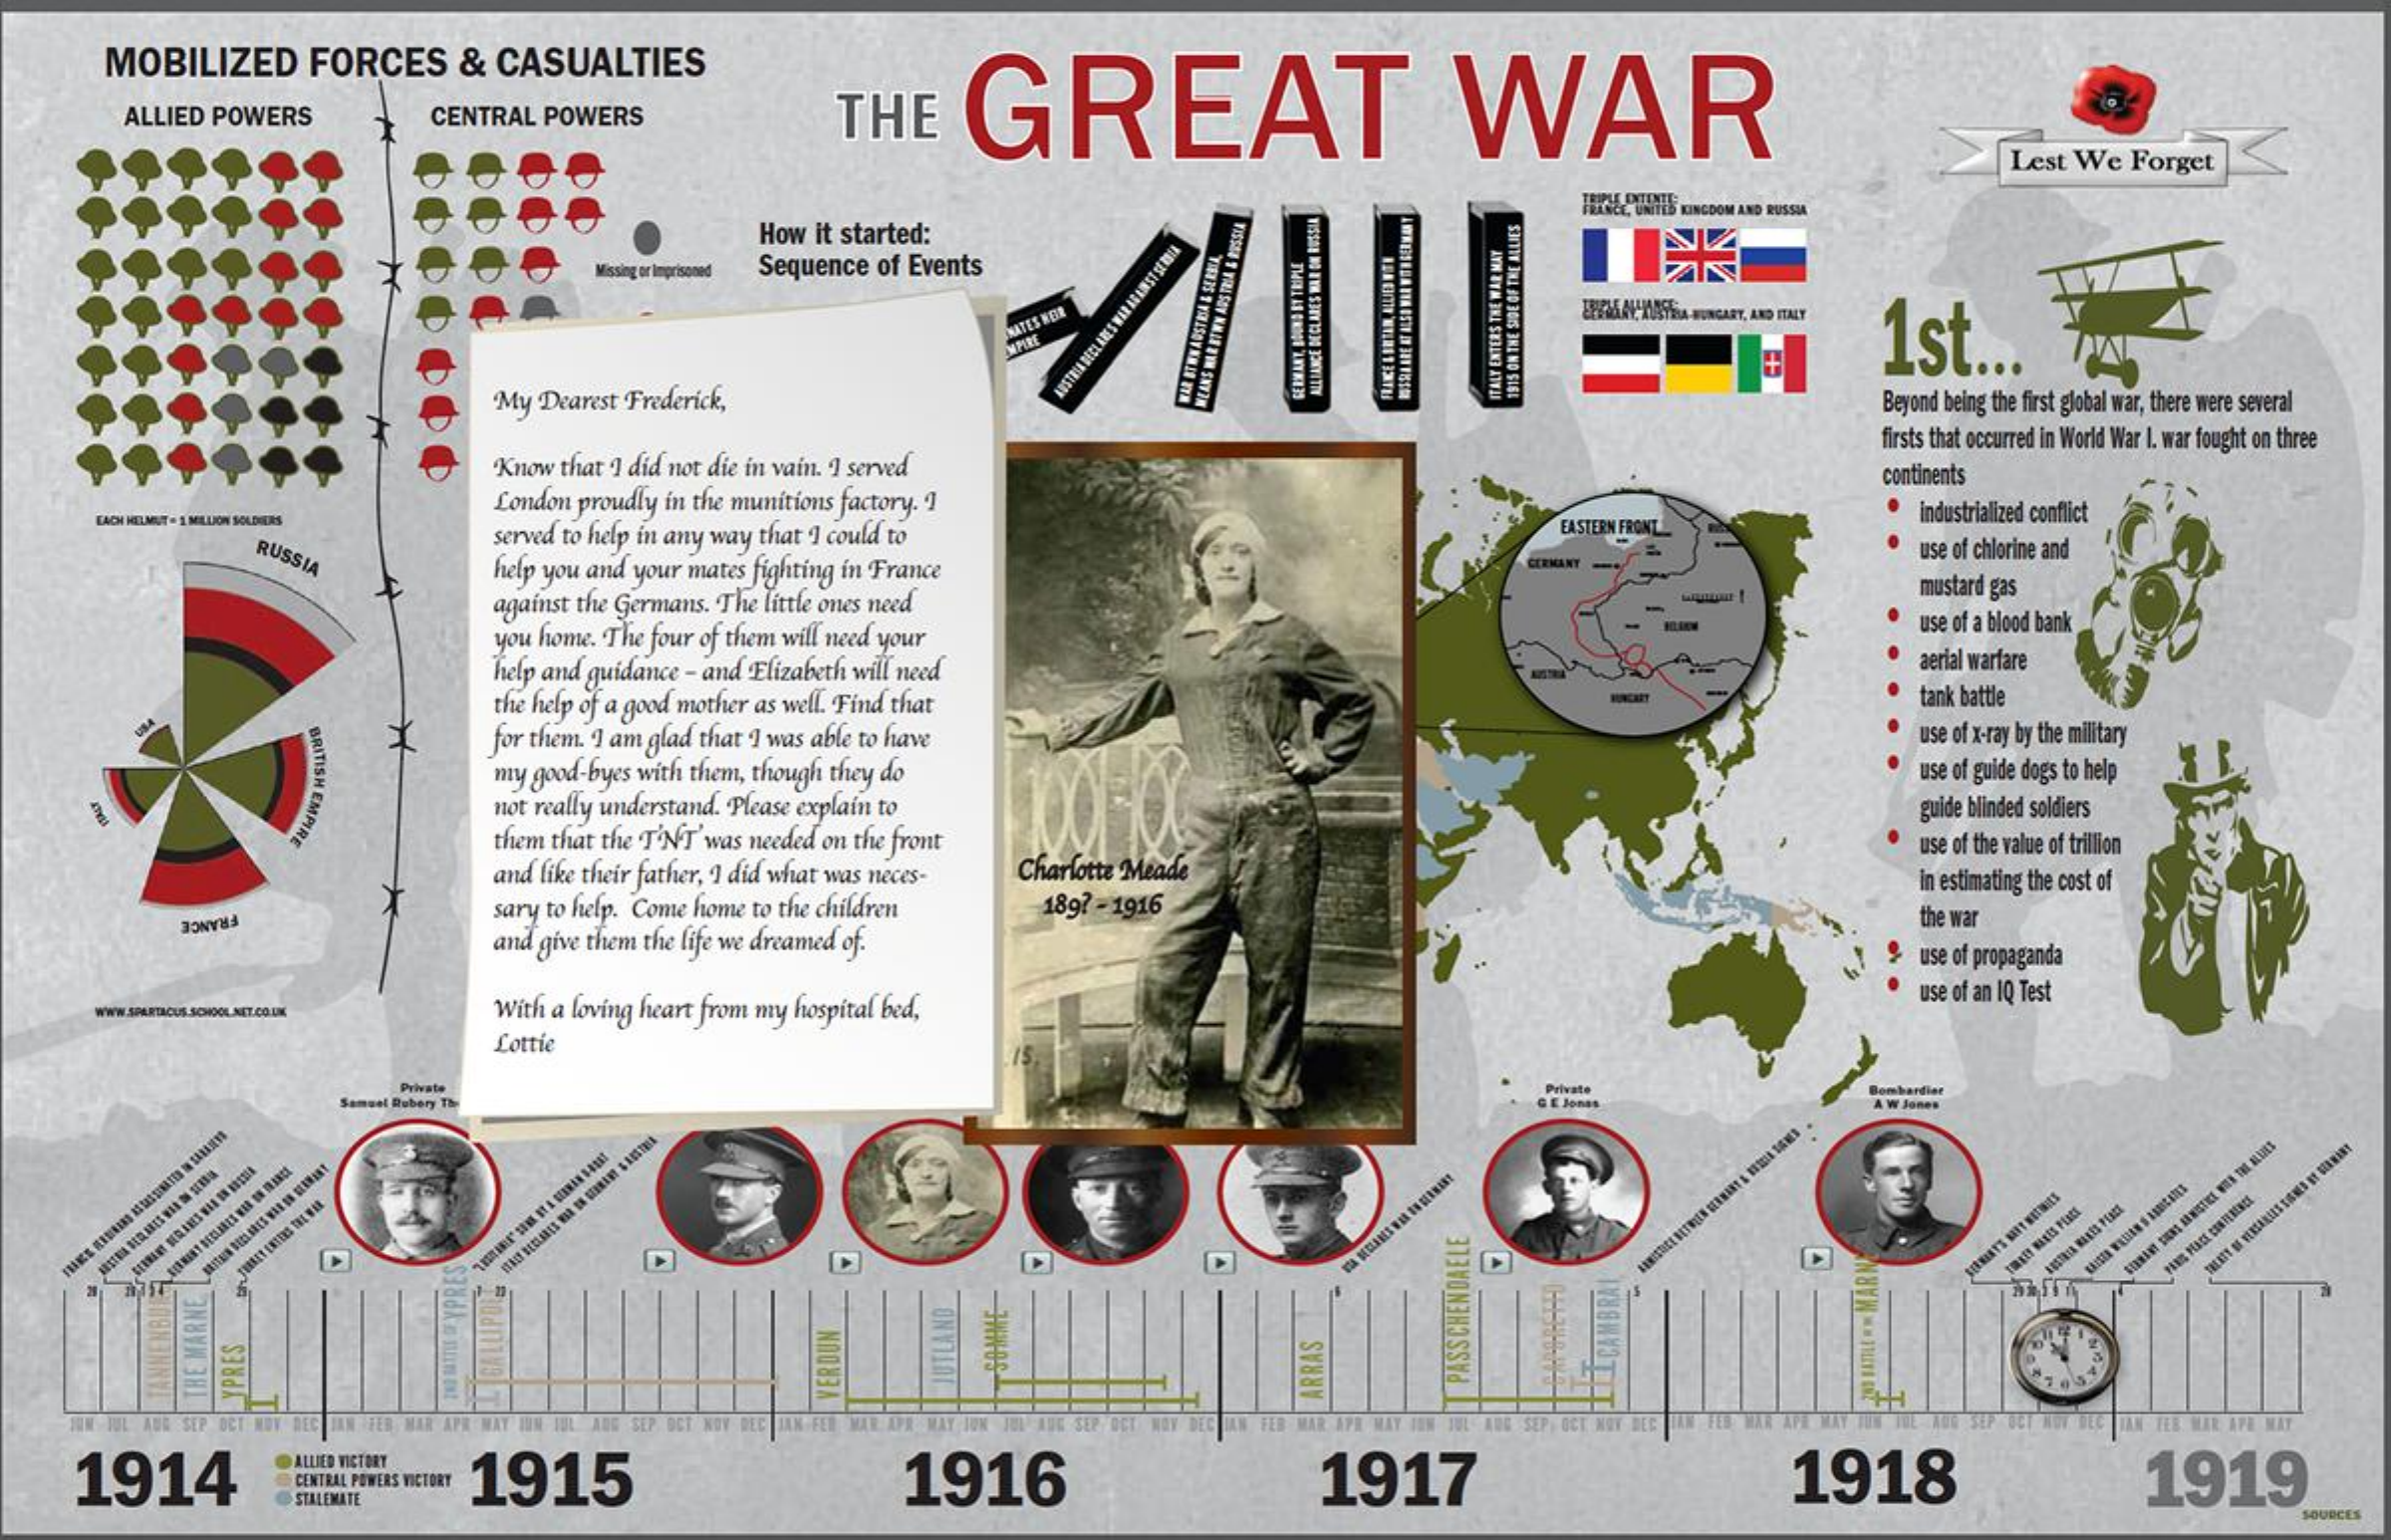
MOBILIZED FORCES & CASUALTIES
     THE GREAT    WAR ALLIED POWERS CENTRAL POWERS
     Lest We Forget
     How it started:
     FRAGELL, UNITED KINGDOM AND RUSSIA
     Missing or Impris Sequence of Events
     1st ... MATES NOR
     My Dearest Frederick,
     AUSTRIA
     DECLARES
     WAR
     AGAINST
     SE
     RSIA
     Beyond being the first global war, there were several
     GERMANY,
     BOUND
     BY
     TRIPLE
     ALLIANCE
     DECLARES
     WAR
     ON
     RUSSIA
     WAR
     BTWN
     AUSTRIA
     &
     SEESSA,
     ITALY
     ENTERS
     THE
     WAR
     MAY
     MEANS
     WAR
     BTWN
     ARS
     FRIA
     &
     RUSSIA
     1915
     ON
     THE
     SIDE
     OF
     THE
     ALLIES
     Know that I did not die in vain. I served
     firsts that occurred in World War I. war fought on three
     London proudly in the munitions factory. 1
     continents
   EACH HELMUT . 1 MILLION SOLDIERS
     served to help in any way that I could to EASTERN FRONT
     industrialized conflict
     RUSSIA help you and your mates fighting in France
     use of chlorine and
     GERMANY
     against the Germans. The little ones need
     mustard gas
     you home. The four of them will need your   use of a blood bank
     help and guidance - and Elizabeth will need aerial warfare
     the help of a good mother as well. Find that tank battle
     for them. I am glad that I was able to have use of x-ray by the military
     BRITISH
     EMPIRE
     my good-byes with them, though they do    use of guide dogs to help
     not really understand. Please explain to
     them that the T'N'T'was needed on the front
     guide blinded soldiers
     and like their father, I did what was neces- Charlotte Meade
     use of the value of trillion
     sary to help. Come home to the children 1897 - 1916
     in estimating the cost of
     FRANCE
     and give them the life we dreamed of.
     the war
     use of propaganda
     use of an IQ Test
   WWW.SPILETICUS SCHOOL.NET.CO.UK With a loving heart from my hospital bed,
     Lottie
     Private
     Samuel Robery Th
     Bembardiar
     D    D
     PRES
     LUPO    SOMME
     GA
     PASSCHENDAELE ILCAMBRAI JUTLAND VERDUN
     THE
     MARNE
     YPRES
     SEP OCT    JUL AUG SEP    P OCT NOV DEG JAN FER MAR APR MAY SEP OCT NOV MEG TER MIR APE MAY
     BATTLE
     *
     *
     MARN
   1914
     ALLIED VICTORY
     CENTRAL POWERS VICTORY 1915 1916 1917    1918    1919
     STALEMATE
     SOURCES